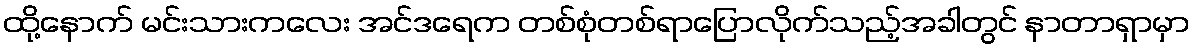
ထို့နောက် မင်းသားကလေး အင်ဒရေက တစ်စုံတစ်ရာပြောလိုက်သည့်အခါတွင် နာတာရှာမှာ